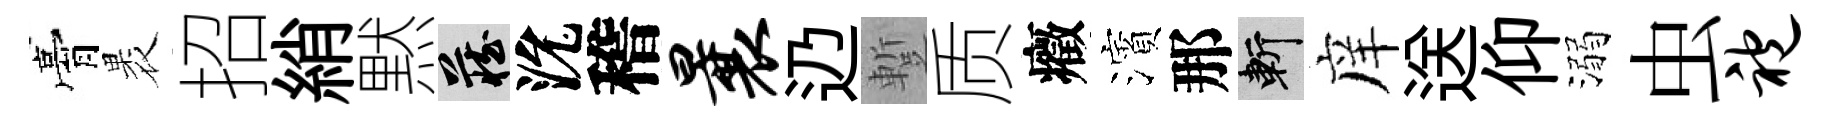
膏褁招綃黙藏沇稽曩辸蹔质癥濱那斬庠送仰溺虫袍